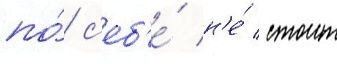
по́ с'еб'е́ н'е́ стоит